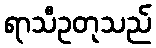
ရာသီဥတုသည်